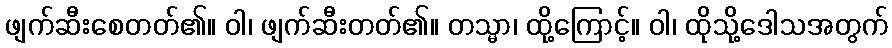
ဖျက်ဆီးစေတတ်၏။ ဝါ၊ ဖျက်ဆီးတတ်၏။ တသ္မာ၊ ထို့ကြောင့်။ ဝါ၊ ထိုသို့ဒေါသအတွက်